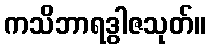
ကသိဘာရဒွါဇသုတ်။